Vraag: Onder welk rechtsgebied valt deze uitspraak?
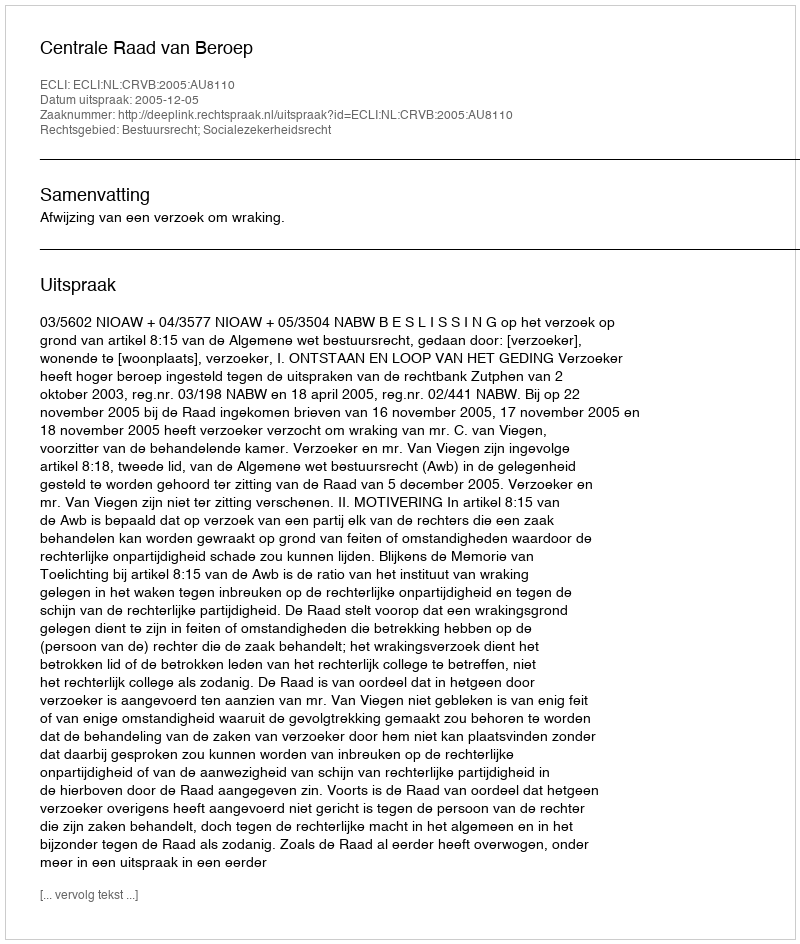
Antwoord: Bestuursrecht; Socialezekerheidsrecht